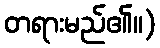
တရားမည်၏။)